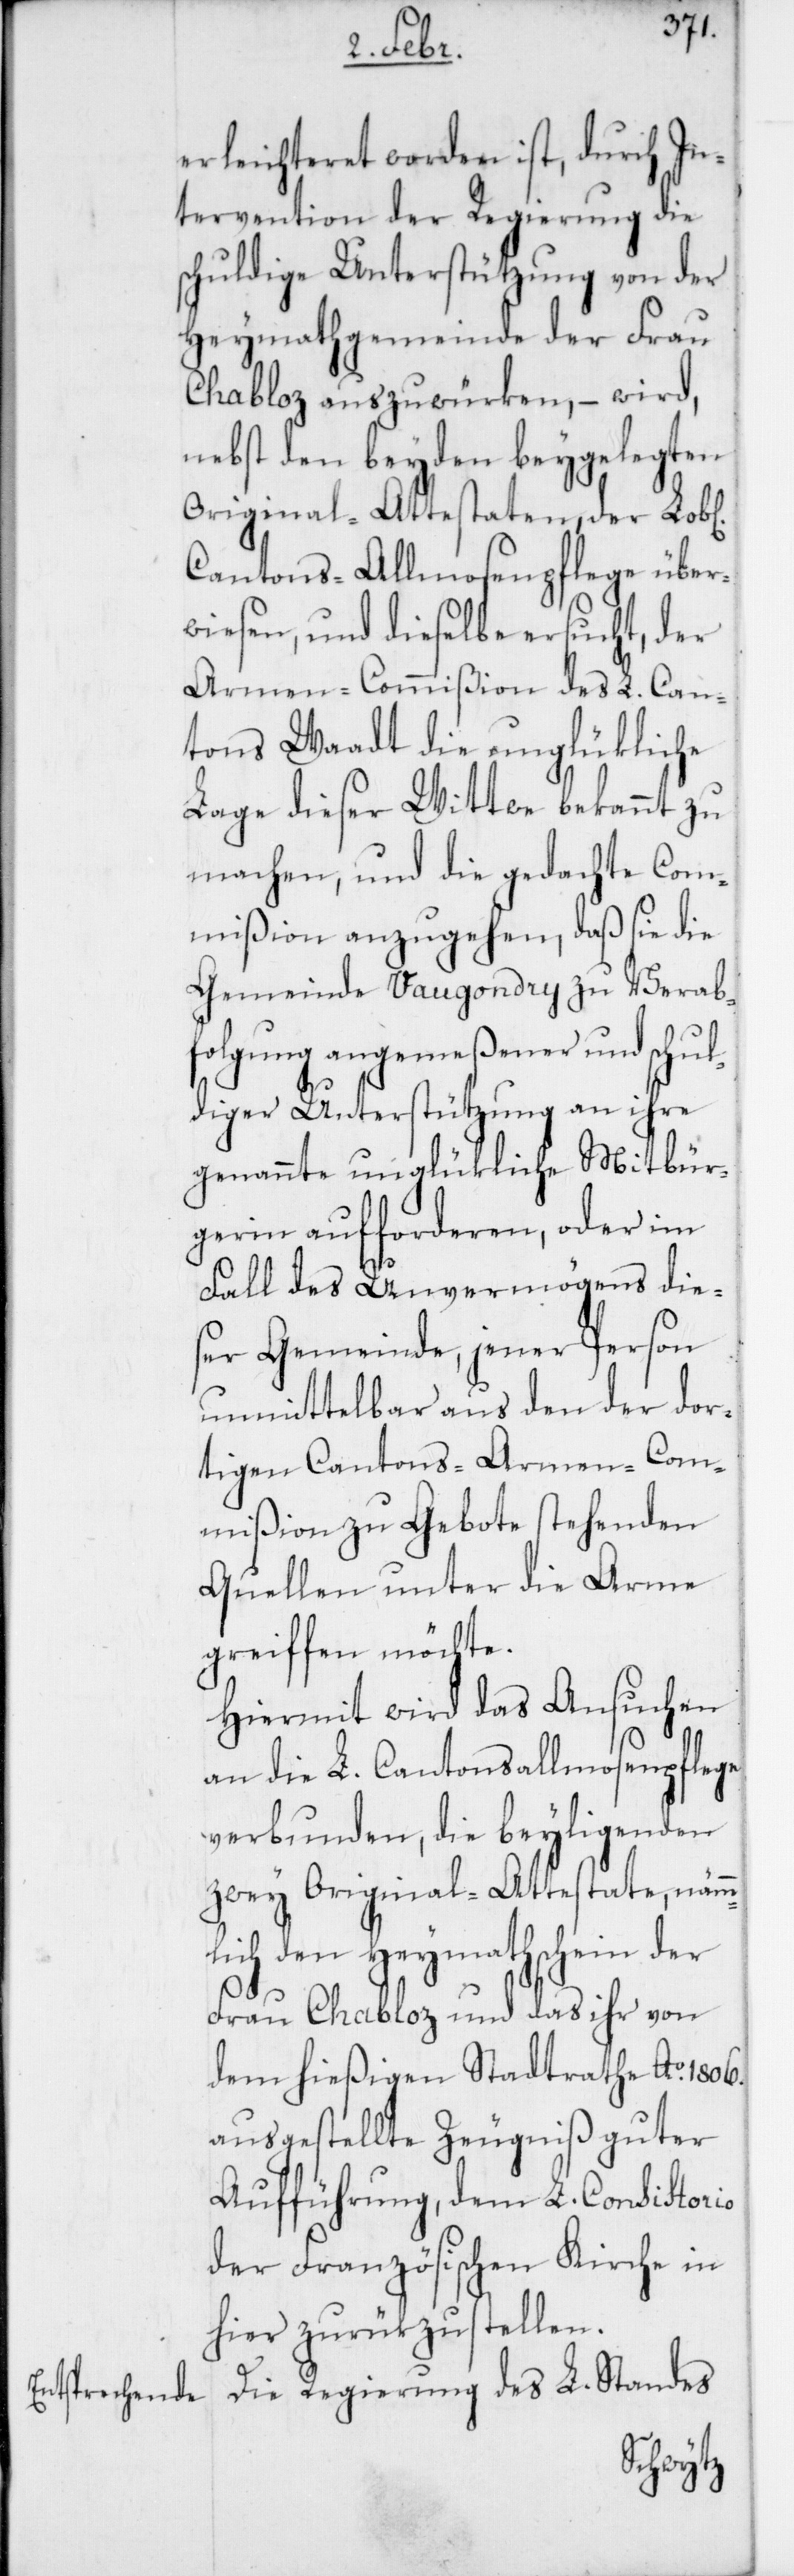
erleichteret worden ist, durch In¬
tervention der Regierung die
schuldige Unterstützung von der
Heymathgemeinde der Frau
Chabloz auszuwürken, – wird,
nebst den beyden beygelegten
Original-Attestaten, der Lob[l¬
Cantons-Allmosenpflege über¬
wiesen, und dieselbe ersucht, der
Armen-Commißion des L. Can¬
tons Waadt die unglükliche
Lage dieser Witwe bekannt zu
machen, und die gedachte Com¬
mißion anzugehen, daß sie die
Gemeinde Vaugondry zu Verab¬
folgung angemeßener und schul¬
diger Unterstützung an ihre
genannte unglükliche Mitbür¬
gerin aufforderen, oder im
Fall des Unvermögens die¬
ser Gemeinde, jener Person
unmittelbar aus den der dor¬
tigen Cantons-Armen-Com¬
mißion zu Gebote stehenden
Quellen unter die Arme
greiffen möchte.
Hiermit wird das Ansuchen
an die L. Cantonsallmosenpflege
verbunden, die beyliegenden
zwey Original-Attestate, nämm¬
lich den Heymathschein der
Frau Chabloz und das ihr von
dem hießigen Stadtrathe Ao. 1806.
ausgestellte Zeugniß guter
Aufführung, dem L. Consistorio
der Französischen Kirche in
hier zurükzustellen.
Die Regierung des L. Standes
ichen].